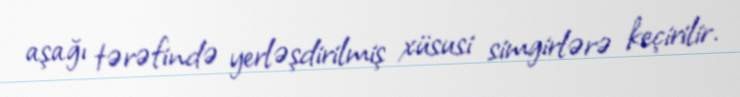
aşağı tərəfində yerləşdirilmiş xüsusi simgirlərə keçirilir.